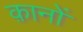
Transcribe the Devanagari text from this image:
क़ानों